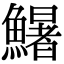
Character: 鱪